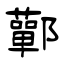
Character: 鄿